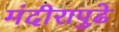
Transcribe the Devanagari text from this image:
मंदीरापुढे